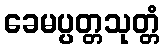
ခေမပ္ပတ္တသုတ္တံ